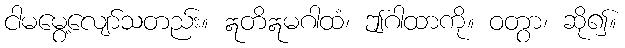
ငါမမွေ့လျော်သတည်း။ ဣတိဣမဂါထံ၊ ဤဂါထာကို။ ဝတွာ၊ ဆို၍။